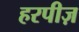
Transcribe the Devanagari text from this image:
हरपीज़